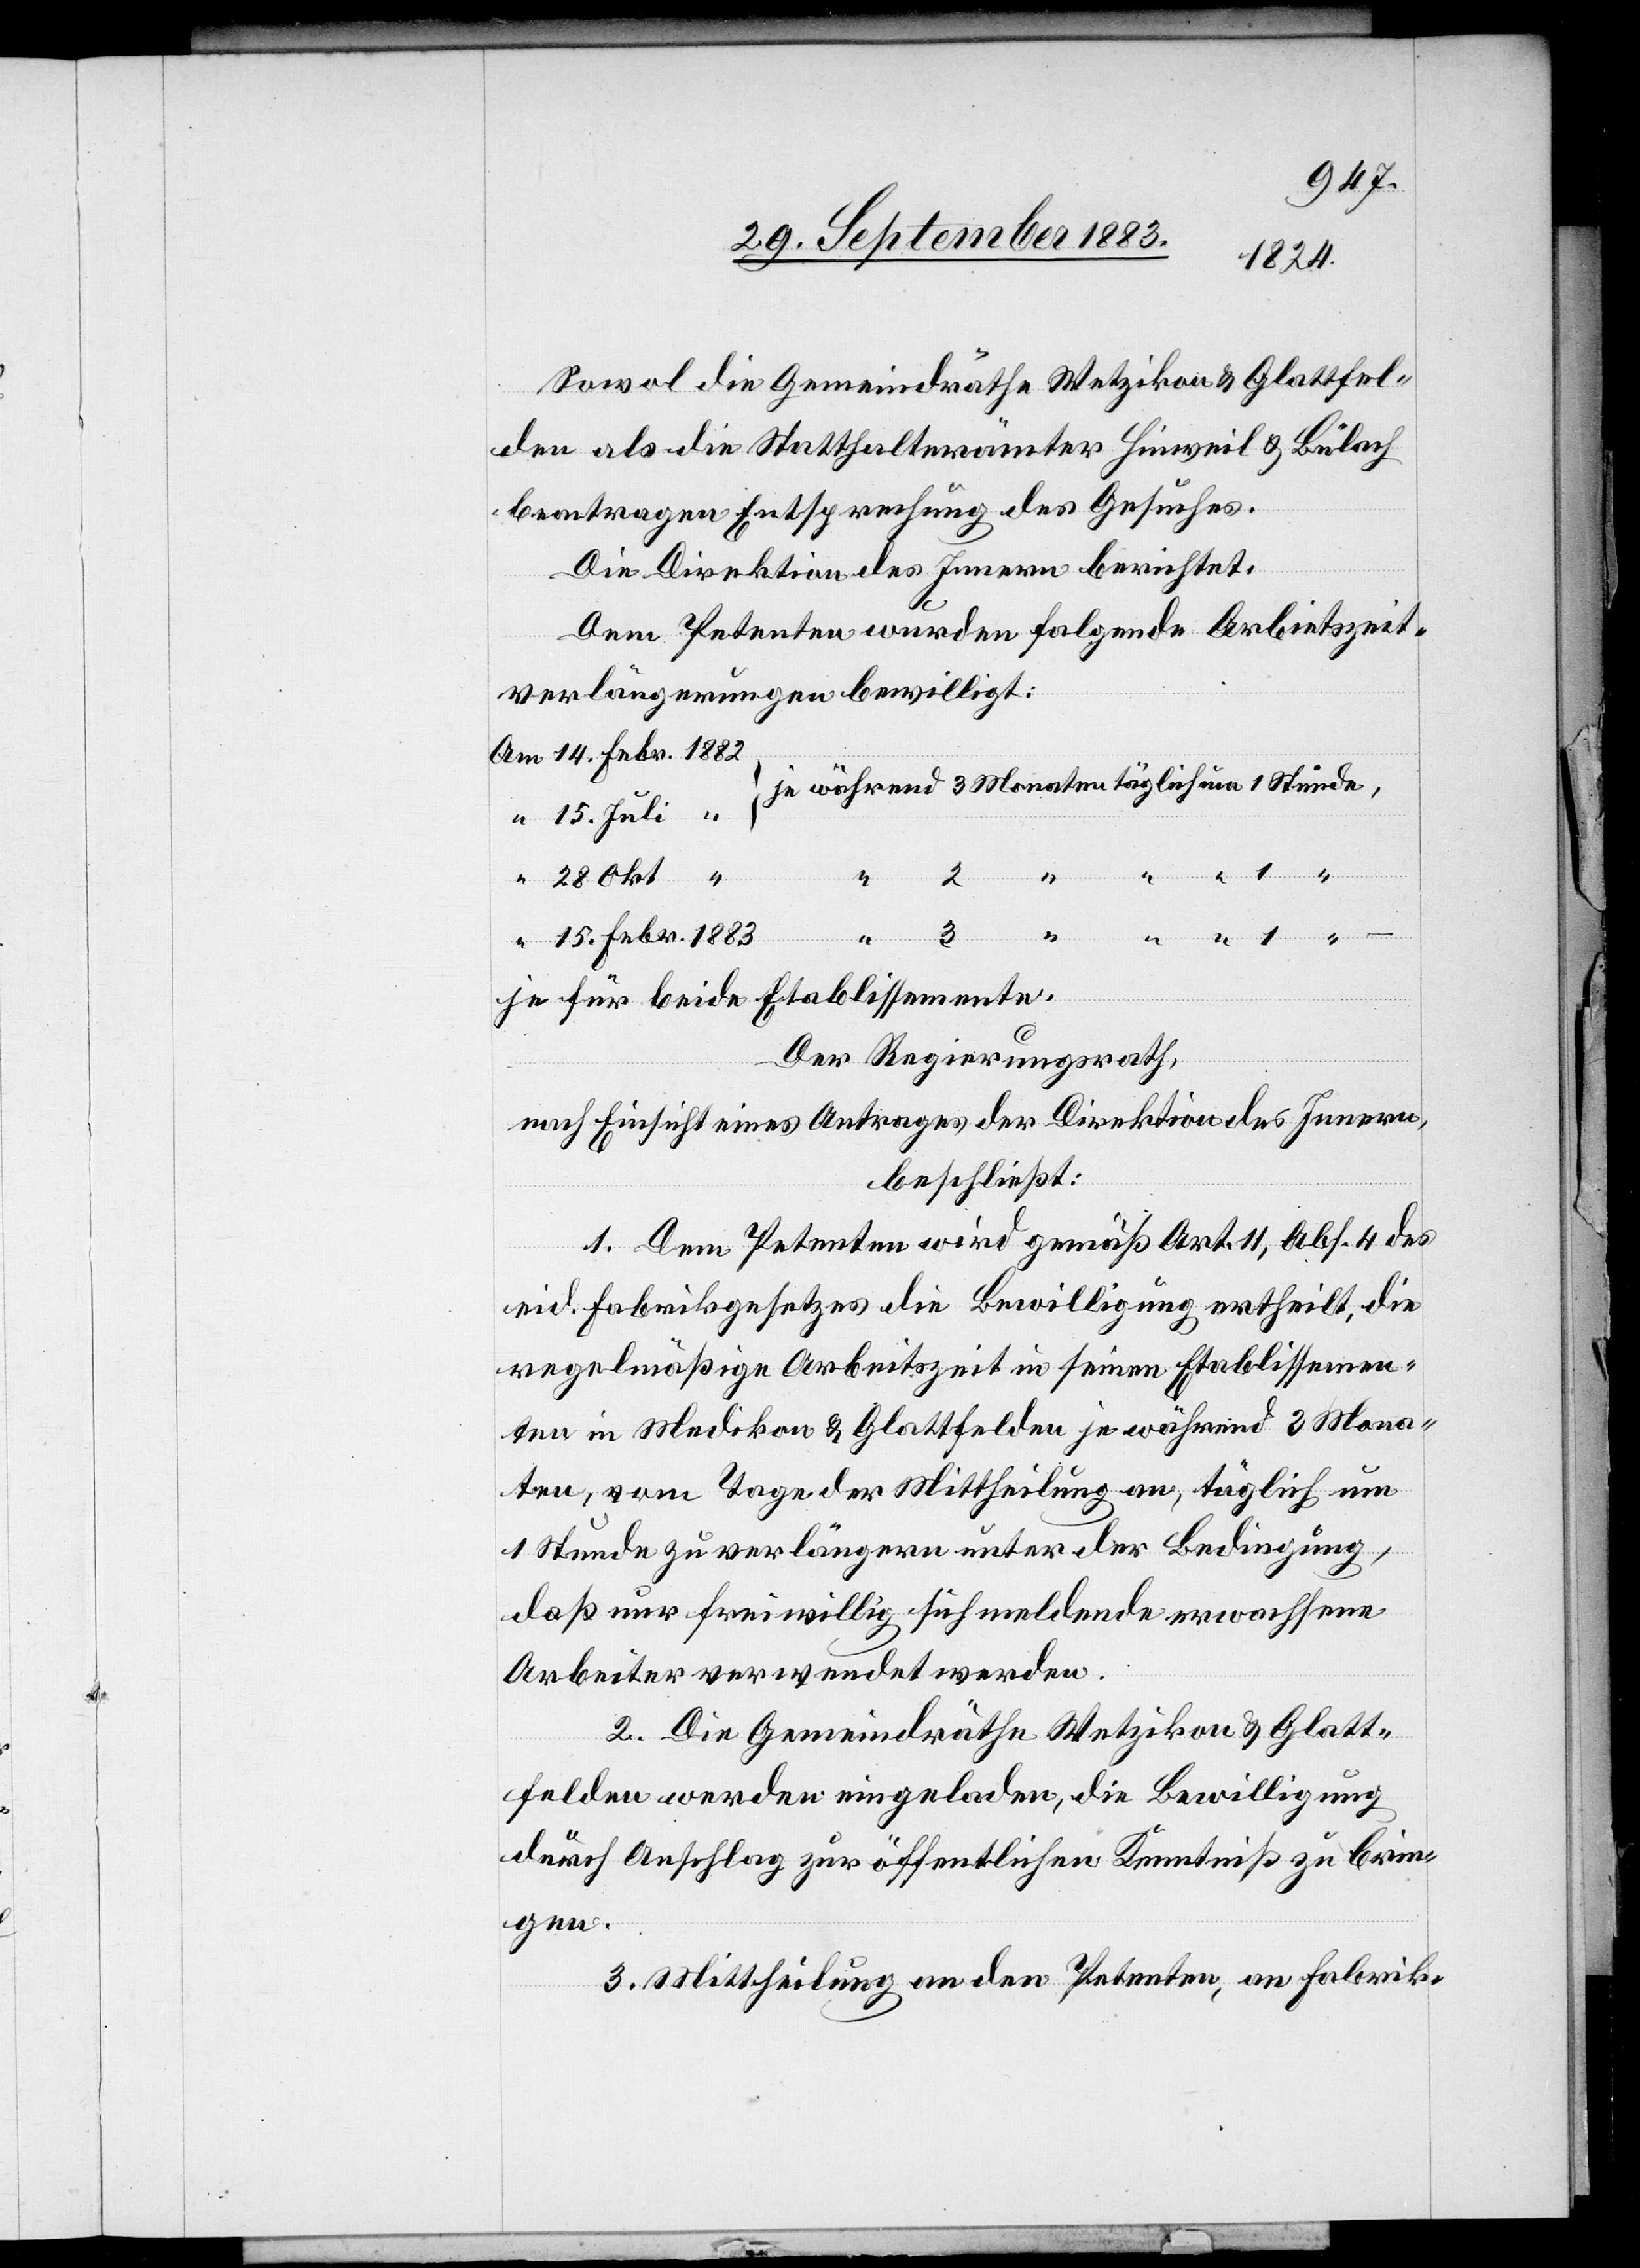
1883
Sowol die Gemeindräthe Wetzikon & Glattfel¬
den als die Statthalterämter Hinweil & Bülach
beantrage Entsprechung des Gesuches.
Die Direktion des Innern berichtet.
Dem Petenten wurden folgende Arbeitszeit¬
verlängerungen bewilligt:
Febr.
je für beide Etablissemente.
Der Regierungsrath,
nach Einsicht eines Antrages der Direktion des Innern,
beschließt:
1. Dem Petenten wird gemäß Art. 11, Abs. 4 des
eid. Fabrikgesetzes die Bewilligung ertheilt, die
regelmäßige Arbeitszeit in seinen Etablissemen¬
ten in Medikon & Glattfelden je während 3 Mona¬
ten, vom Tage der Mittheilung an, täglich um
1 Stunde zu verlängern unter der Bedingung,
daß nur freiwillig sich meldende erwachsene
Arbeiter verwendet werden.
2. Die Gemeinderäthe Wetzikon & Glatt¬
felden werden eingeladen, die Bewilligung
durch Anschlag zur öffentlichen Kenntniß zu brin¬
gen.
3. Mittheilung an den Petenten, an Fabrik-